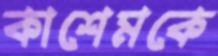
কাশেমকে